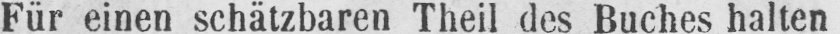
Für einen schätzbaren Theil des Buches halten